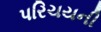
પરિચયની